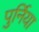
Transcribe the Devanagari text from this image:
पुर्निया